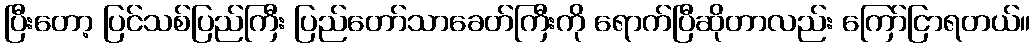
ပြီးတော့ ပြင်သစ်ပြည်ကြီး ပြည်တော်သာခေတ်ကြီးကို ရောက်ပြီဆိုတာလည်း ကြော်ငြာရတယ်။